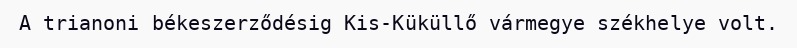
A trianoni békeszerződésig Kis-Küküllő vármegye székhelye volt.